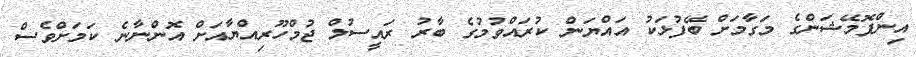
އިންފޮމޭޝަންގެ މަގާމަށް ބޭފުޅަކު އައްޔަން ކުރައްވުމުގެ ބާރު ރައީސުލް ޖުމްހޫރިއްޔާއަށް އޮންނާނެ ކަމަށްވެސް